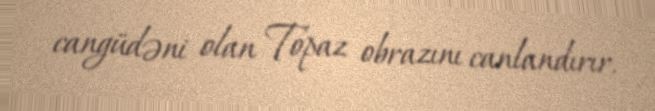
cangüdəni olan Topaz obrazını canlandırır.